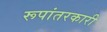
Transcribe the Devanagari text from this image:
रूपांतरकारी